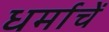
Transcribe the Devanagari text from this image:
धर्माचें